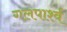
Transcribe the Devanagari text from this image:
गलपार्श्व